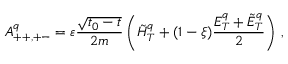
A _ { + + , + - } ^ { q } = \varepsilon \frac { \sqrt { t _ { 0 } - t } } { 2 m } \left( \tilde { H } _ { T } ^ { q } + ( 1 - \xi ) \frac { E _ { T } ^ { q } + \tilde { E } _ { T } ^ { q } } { 2 } \right) \, ,